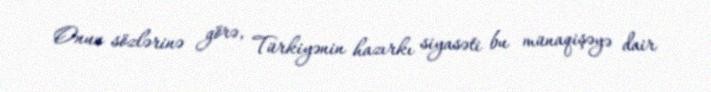
Onun sözlərinə görə, Türkiyənin hazırkı siyasəti bu münaqişəyə dair